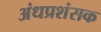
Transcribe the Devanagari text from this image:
अंधप्रशंसक